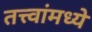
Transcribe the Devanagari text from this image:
तत्त्वांमध्ये